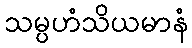
သမ္ပဟံသိယမာနံ